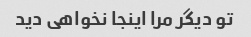
تو دیگر مرا اینجا نخواهی دید